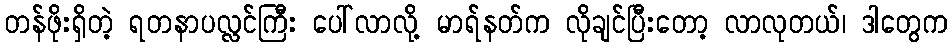
တန်ဖိုးရှိတဲ့ ရတနာပလ္လင်ကြီး ပေါ်လာလို့ မာရ်နတ်က လိုချင်ပြီးတော့ လာလုတယ်၊ ဒါတွေက